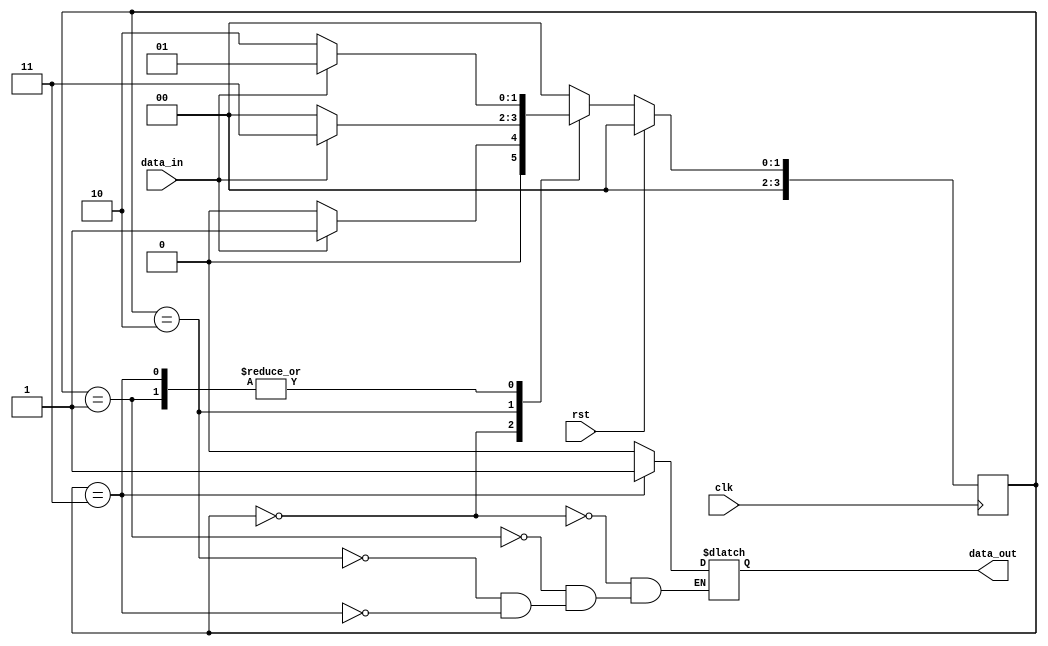
// Code your design here
`define s0  2'b00
`define s1  2'b01
`define s2  2'b10
`define s3  2'b11

module sequence_detector(
  input clk , rst ,
  input data_in, 
  output reg data_out
);
  reg [3:0] ps,ns;
  reg [1:0] count;
  always @(posedge clk)
begin 
  if(rst)
    begin
    ps = `s0; 
 count = 0;
    end
  else 
  ps = ns; 
  
  end
  always @(*)
    begin 
      ns  = ps ;
      case(ps)
        `s0 : begin 
          
          $display($time ,"----------------s0 state");
          ns = data_in?`s1:`s0;
          data_out = 0 ;
          count =0 ;
          
        end
        `s1 : begin
          
          $display($time ,"----------------s1 state");
          ns = data_in?`s1:`s2;
          data_out=0;
          count =0;
          
        end
      `s2:begin
          
        $display($time ,"----------------s2 state");
          ns=data_in ?`s3:`s0;
          data_out=0;
          count =0;
          
        end
      `s3:begin
        $display($time ,"----------------s3 state");
          ns=data_in ?`s1:`s2;
          data_out=1;
        if(data_out==1)
          begin
            count= count+1;
          end
        else
          count =0;
          
        end
      default: ns = `s0;
      endcase
    end
        endmodule